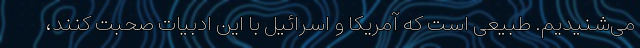
می‌شنیدیم. طبیعی است که آمریکا و اسرائیل با این ادبیات صحبت کنند،